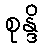
စုန္ဒိ